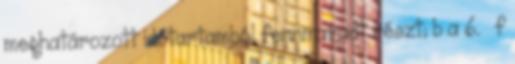
meghatározott időtartamból fennmaradt részt; b a 6. § f